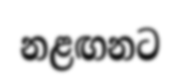
නළඟනට